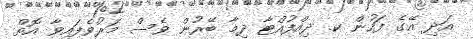
އަދި އޭގެ ފަހުން ކ. ދިއްފުއްޓާ ދިމާ ބޭރުން ވެސް މަރުވެފައިވާ އޮތް